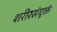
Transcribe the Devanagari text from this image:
शरीरसंयुक्तं